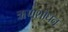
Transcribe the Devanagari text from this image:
ऋणशोधन